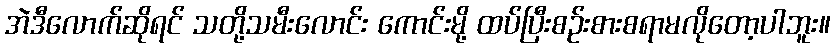
အဲဒီလောက်ဆိုရင် သတို့သမီးလောင်း ကောင်းမို့ ထပ်ပြီးစဉ်းစားစရာမလိုတော့ပါဘူး။